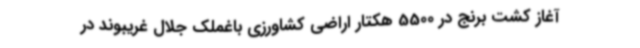
آغاز کشت برنج در 5500 هکتار اراضی کشاورزی باغملک جلال غریبوند در